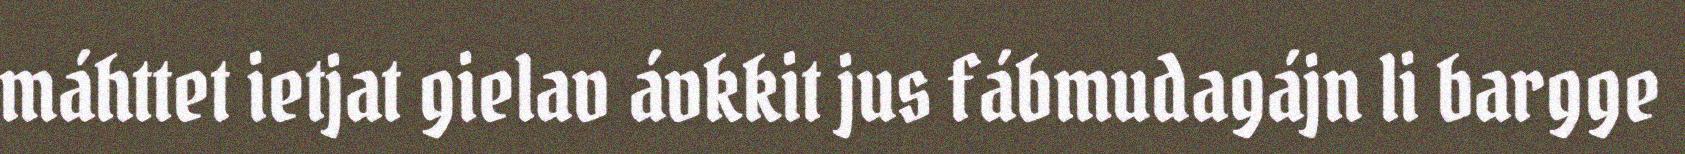
máhttet ietjat gielav ávkkit jus fábmudagájn li bargge